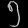
Digit: ၅